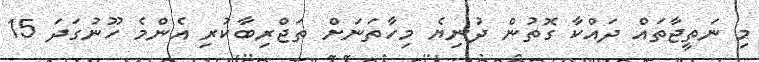
މި ނަތީޖާތައް ދައްކާ ގޮތުން ދުނިޔެ މިހާތަނަށް ތަޖްރިބާކުރި އެންމެ ހޫނުގަދަ 15